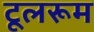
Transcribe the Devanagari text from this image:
टूलरूम